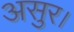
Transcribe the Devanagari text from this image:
असुर।